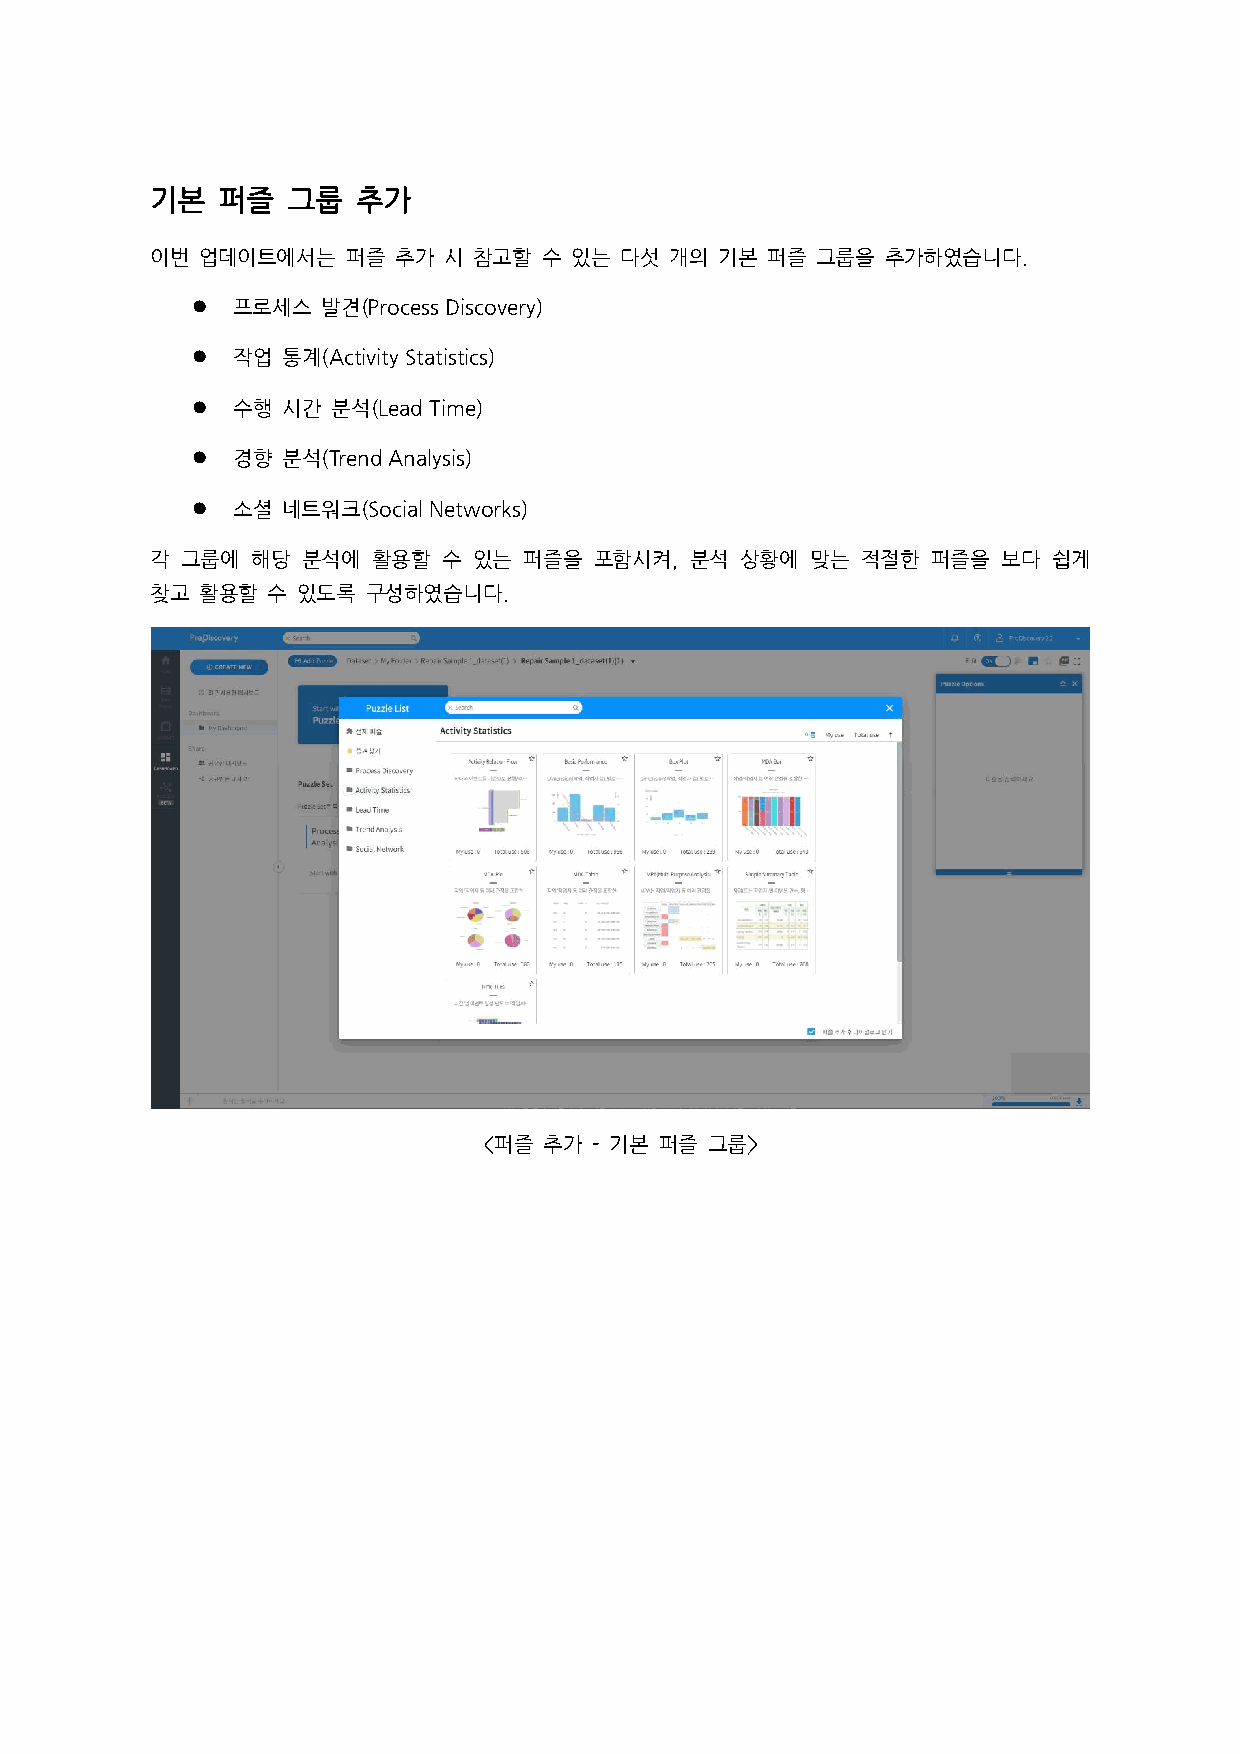
기본  퍼즐   그룹   추가
 이번 업데이트에서는   퍼즐 추가 시 참고할  수 있는 다섯 개의  기본 퍼즐 그룹을  추가하였습니다.
 ⚫ 프로세스  발견(Process Discovery)
 ⚫ 작업  통계(Activity Statistics)
 ⚫ 수행  시간 분석(Lead Time)
 ⚫ 경향  분석(Trend Analysis)
 ⚫ 소셜  네트워크(Social Networks)
 각 그룹에  해당 분석에  활용할 수 있는  퍼즐을 포함시켜,  분석 상황에  맞는 적절한  퍼즐을 보다  쉽게
 찾고 활용할  수 있도록 구성하였습니다.
 <퍼즐 추가 - 기본 퍼즐 그룹>